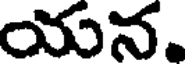
యన.